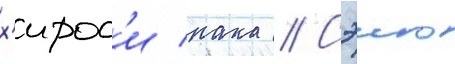
х'ирос'и нака // Сэию